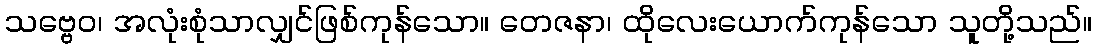
သဗ္ဗေဝ၊ အလုံးစုံသာလျှင်ဖြစ်ကုန်သော။ တေဇနာ၊ ထိုလေးယောက်ကုန်သော သူတို့သည်။